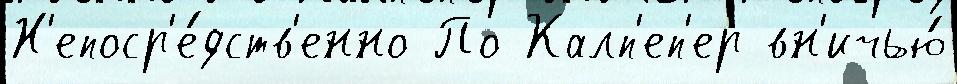
Н'епоср'е́дств'енно По Калп'еп'ер вн'ичью́